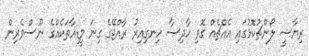
ރިޔާސީ ލޯންޗުކޮޅުގައި އެއްޗެއް ގޮވި ހާދިސާ ހިނގިއިރު ރާއްޖޭގެ ގިނަ މީޑިއާތަކެއްގެ ނޫސްވެރިން